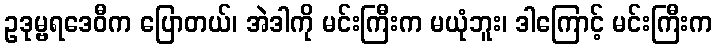
ဥဒုမ္ဗရဒေဝီက ပြောတယ်၊ အဲဒါကို မင်းကြီးက မယုံဘူး၊ ဒါကြောင့် မင်းကြီးက